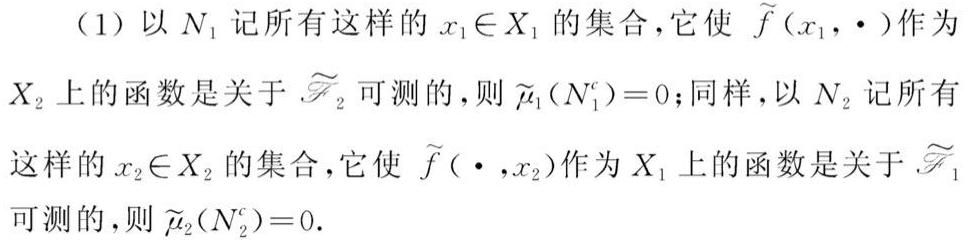
(1) 以 $N_1$ 记所有这样的 $x_1\in X_1$ 的集合，它使 $\widetilde{f}(x_1,\cdot)$ 作为 $X_2$ 上的函数是关于 $\widetilde{\mathscr{F}}_2$ 可测的，则 $\widetilde{\mu}_1(N_1^c)=0$；同样，以 $N_2$ 记所有这样的 $x_2\in X_2$ 的集合，它使 $\widetilde{f}(\cdot,x_2)$ 作为 $X_1$ 上的函数是关于 $\widetilde{\mathscr{F}}_1$ 可测的，则 $\widetilde{\mu}_2(N_2^c)=0$.